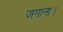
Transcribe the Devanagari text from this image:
जगाना।